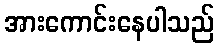
အားကောင်းနေပါသည်